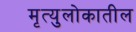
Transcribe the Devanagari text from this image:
मृत्युलोकातील